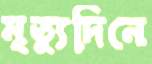
মৃত্যুদিনে